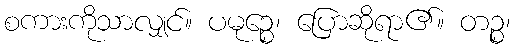
စကားကိုသာလျှင်။ ပမုဉ္စေ၊ ပြောဆိုရာ၏။ တဉ္စ၊